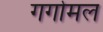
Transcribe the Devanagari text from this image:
गर्गामल